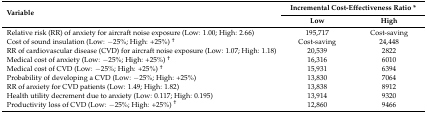
<table><thead><tr><td rowspan="2"><b>Variable</b></td><td colspan="2"><b>Incremental Cost-Effectiveness Ratio *</b></td></tr><tr><td><b>Low</b></td><td><b>High</b></td></tr></thead><tbody><tr><td>Relative risk (RR) of anxiety for aircraft noise exposure (Low: 1.00; High: 2.66)</td><td>195,717</td><td>Cost-saving</td></tr><tr><td>Cost of sound insulation (Low: −25%; High: +25%) <sup>†</sup></td><td>Cost-saving</td><td>24,448</td></tr><tr><td>RR of cardiovascular disease (CVD) for aircraft noise exposure (Low: 1.07; High: 1.18)</td><td>20,539</td><td>2822</td></tr><tr><td>Medical cost of anxiety (Low: −25%; High: +25%) <sup>†</sup></td><td>16,316</td><td>6010</td></tr><tr><td>Medical cost of CVD (Low: −25%; High: +25%) <sup>†</sup></td><td>15,931</td><td>6394</td></tr><tr><td>Probability of developing a CVD (Low: −25%; High: +25%)</td><td>13,830</td><td>7064</td></tr><tr><td>RR of anxiety for CVD patients (Low: 1.49; High: 1.82)</td><td>13,838</td><td>8912</td></tr><tr><td>Health utility decrement due to anxiety (Low: 0.117; High: 0.195)</td><td>13,914</td><td>9320</td></tr><tr><td>Productivity loss of CVD (Low: −25%; High: +25%) <sup>†</sup></td><td>12,860</td><td>9466</td></tr></tbody></table>